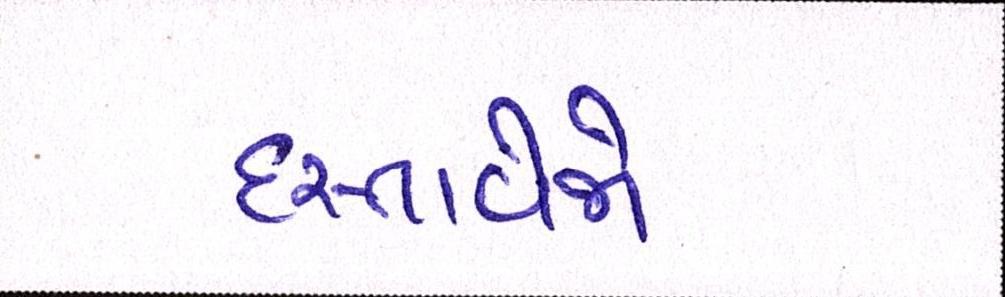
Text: દસ્તાવેજો